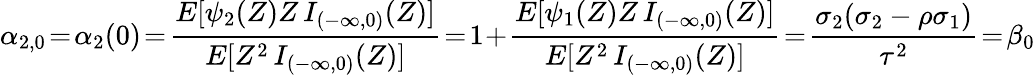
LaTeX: \alpha_{2,0}\! =\! \alpha_{2}(0)\! =\! \frac{E[\psi_{2}(Z)Z\, I_{(-\infty,0)}(Z)]}{E[Z^{2}\, I_{(-\infty,0)}(Z)]}\! =\! 1\! +\! \frac{E[\psi_{1}(Z)Z\, I_{(-\infty,0)}(Z)]}{E[Z^{2}\, I_{(-\infty,0)}(Z)]}\! =\! \frac{\sigma_{2}(\sigma_{2}-\rho\sigma_{1})}{\tau^{2}}\! =\! \beta_{0}